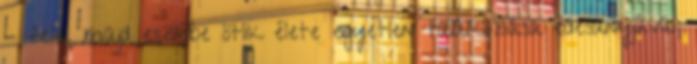
- felel, majd eszébe ötlik élete egyetlen találkozása édesanyjával,